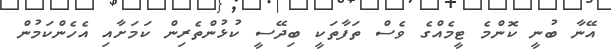
އޭނާ ބުނީ ކޮންމެ ޓީމެއްގެ ވެސް ތަފާތަކީ ބިދޭސީ ކުޅުންތެރިން ކަމަށާއި އެހެންކަމުން